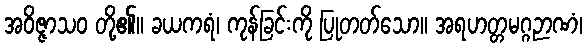
အဝိဇ္ဇာသဝ တို့၏။ ခယကရံ၊ ကုန်ခြင်းကို ပြုတတ်သော။ အရဟတ္တမဂ္ဂဉာဏံ၊